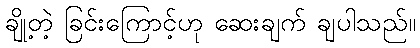
ချို့တဲ့ ခြင်းကြောင့်ဟု ဆေးချက် ချပါသည်။